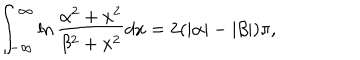
\int _ { - \infty } ^ { \infty } \ln \frac { \alpha ^ { 2 } + x ^ { 2 } } { \beta ^ { 2 } + x ^ { 2 } } d x = 2 ( | \alpha | - | \beta | ) \pi ,